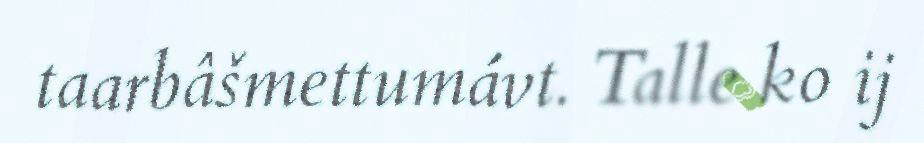
taarbâšmettumávt. Talle ko ij